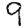
Digit: 9